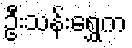
ဦးသန်းရွှေက